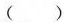
()